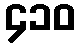
၄၁၀